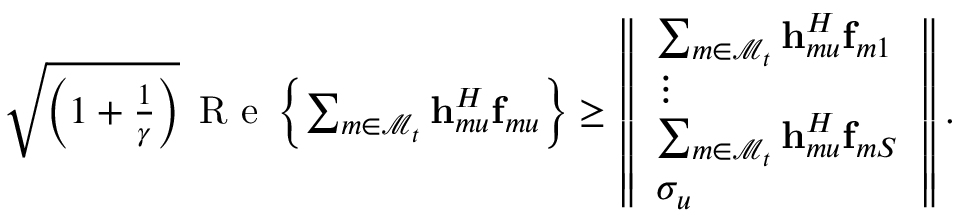
\begin{array} { r } { \sqrt { \left( 1 + \frac { 1 } { \gamma } \right) } \, \textrm { R e } \left\{ \sum _ { m \in \mathcal { M } _ { t } } { \mathbf { h } } _ { m u } ^ { H } { \mathbf { f } } _ { m u } \right\} \geq \left\Vert \begin{array} { l } { \sum _ { m \in \mathcal { M } _ { t } } { \mathbf { h } } _ { m u } ^ { H } { \mathbf { f } } _ { m 1 } } \\ { \vdots } \\ { \sum _ { m \in \mathcal { M } _ { t } } { \mathbf { h } } _ { m u } ^ { H } { \mathbf { f } } _ { m S } } \\ { \sigma _ { u } } \end{array} \right\Vert . } \end{array}